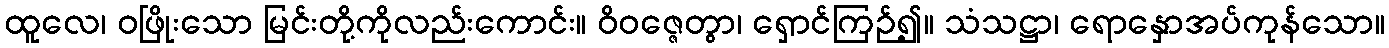
ထူလေ၊ ဝဖြိုးသော မြင်းတို့ကိုလည်းကောင်း။ ဝိဝဇ္ဇေတွာ၊ ရှောင်ကြဉ်၍။ သံသဋ္ဌာ၊ ရောနှောအပ်ကုန်သော။